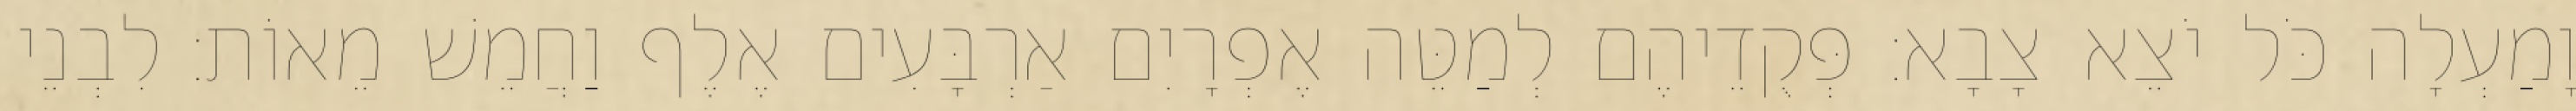
וָמַעְלָה כֹּל יֹצֵא צָבָא׃ פְּקֻדֵיהֶם לְמַטֵּה אֶפְרָיִם אַרְבָּעִים אֶלֶף וַחֲמֵשׁ מֵאוֹת׃ לִבְנֵי